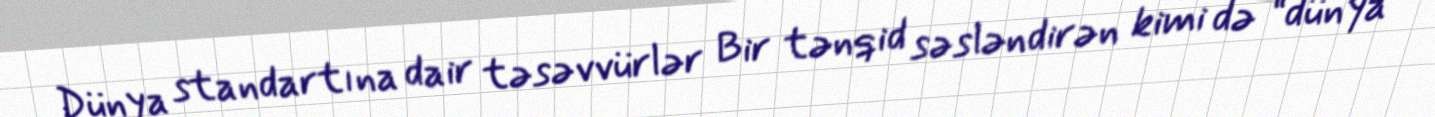
Dünya standartına dair təsəvvürlər Bir tənqid səsləndirən kimi də “dünya